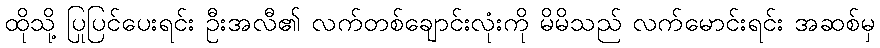
ထိုသို့ ပြုပြင်ပေးရင်း ဦးအလီ၏ လက်တစ်ချောင်းလုံးကို မိမိသည် လက်မောင်းရင်း အဆစ်မှ